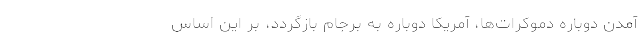
آمدن دوباره دموکرات‌ها، آمریکا دوباره به برجام بازگردد، بر این اساس